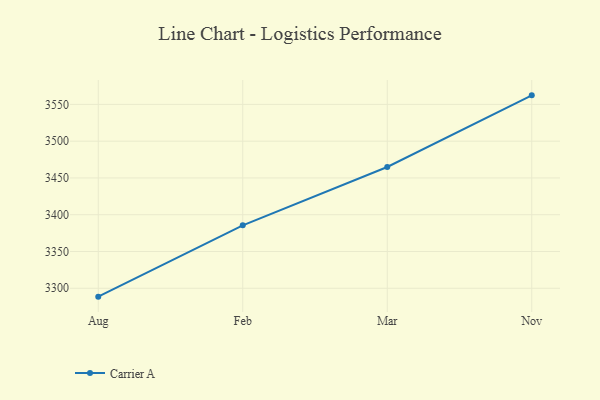
{"axis": {"x": "Month", "y": "Latency (ms)"}, "legend": ["Carrier A"], "data": [{"x": "Aug", "y": 3288.6, "type": "Carrier A"}, {"x": "Feb", "y": 3385.6, "type": "Carrier A"}, {"x": "Mar", "y": 3464.9, "type": "Carrier A"}, {"x": "Nov", "y": 3562.3, "type": "Carrier A"}]}